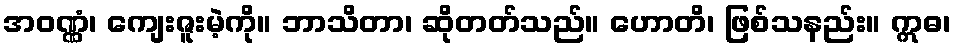
အဝဏ္ဏံ၊ ကျေးဇူးမဲ့ကို။ ဘာသိတာ၊ ဆိုတတ်သည်။ ဟောတိ၊ ဖြစ်သနည်း။ ဣဓ၊